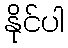
နိုင်ပါ